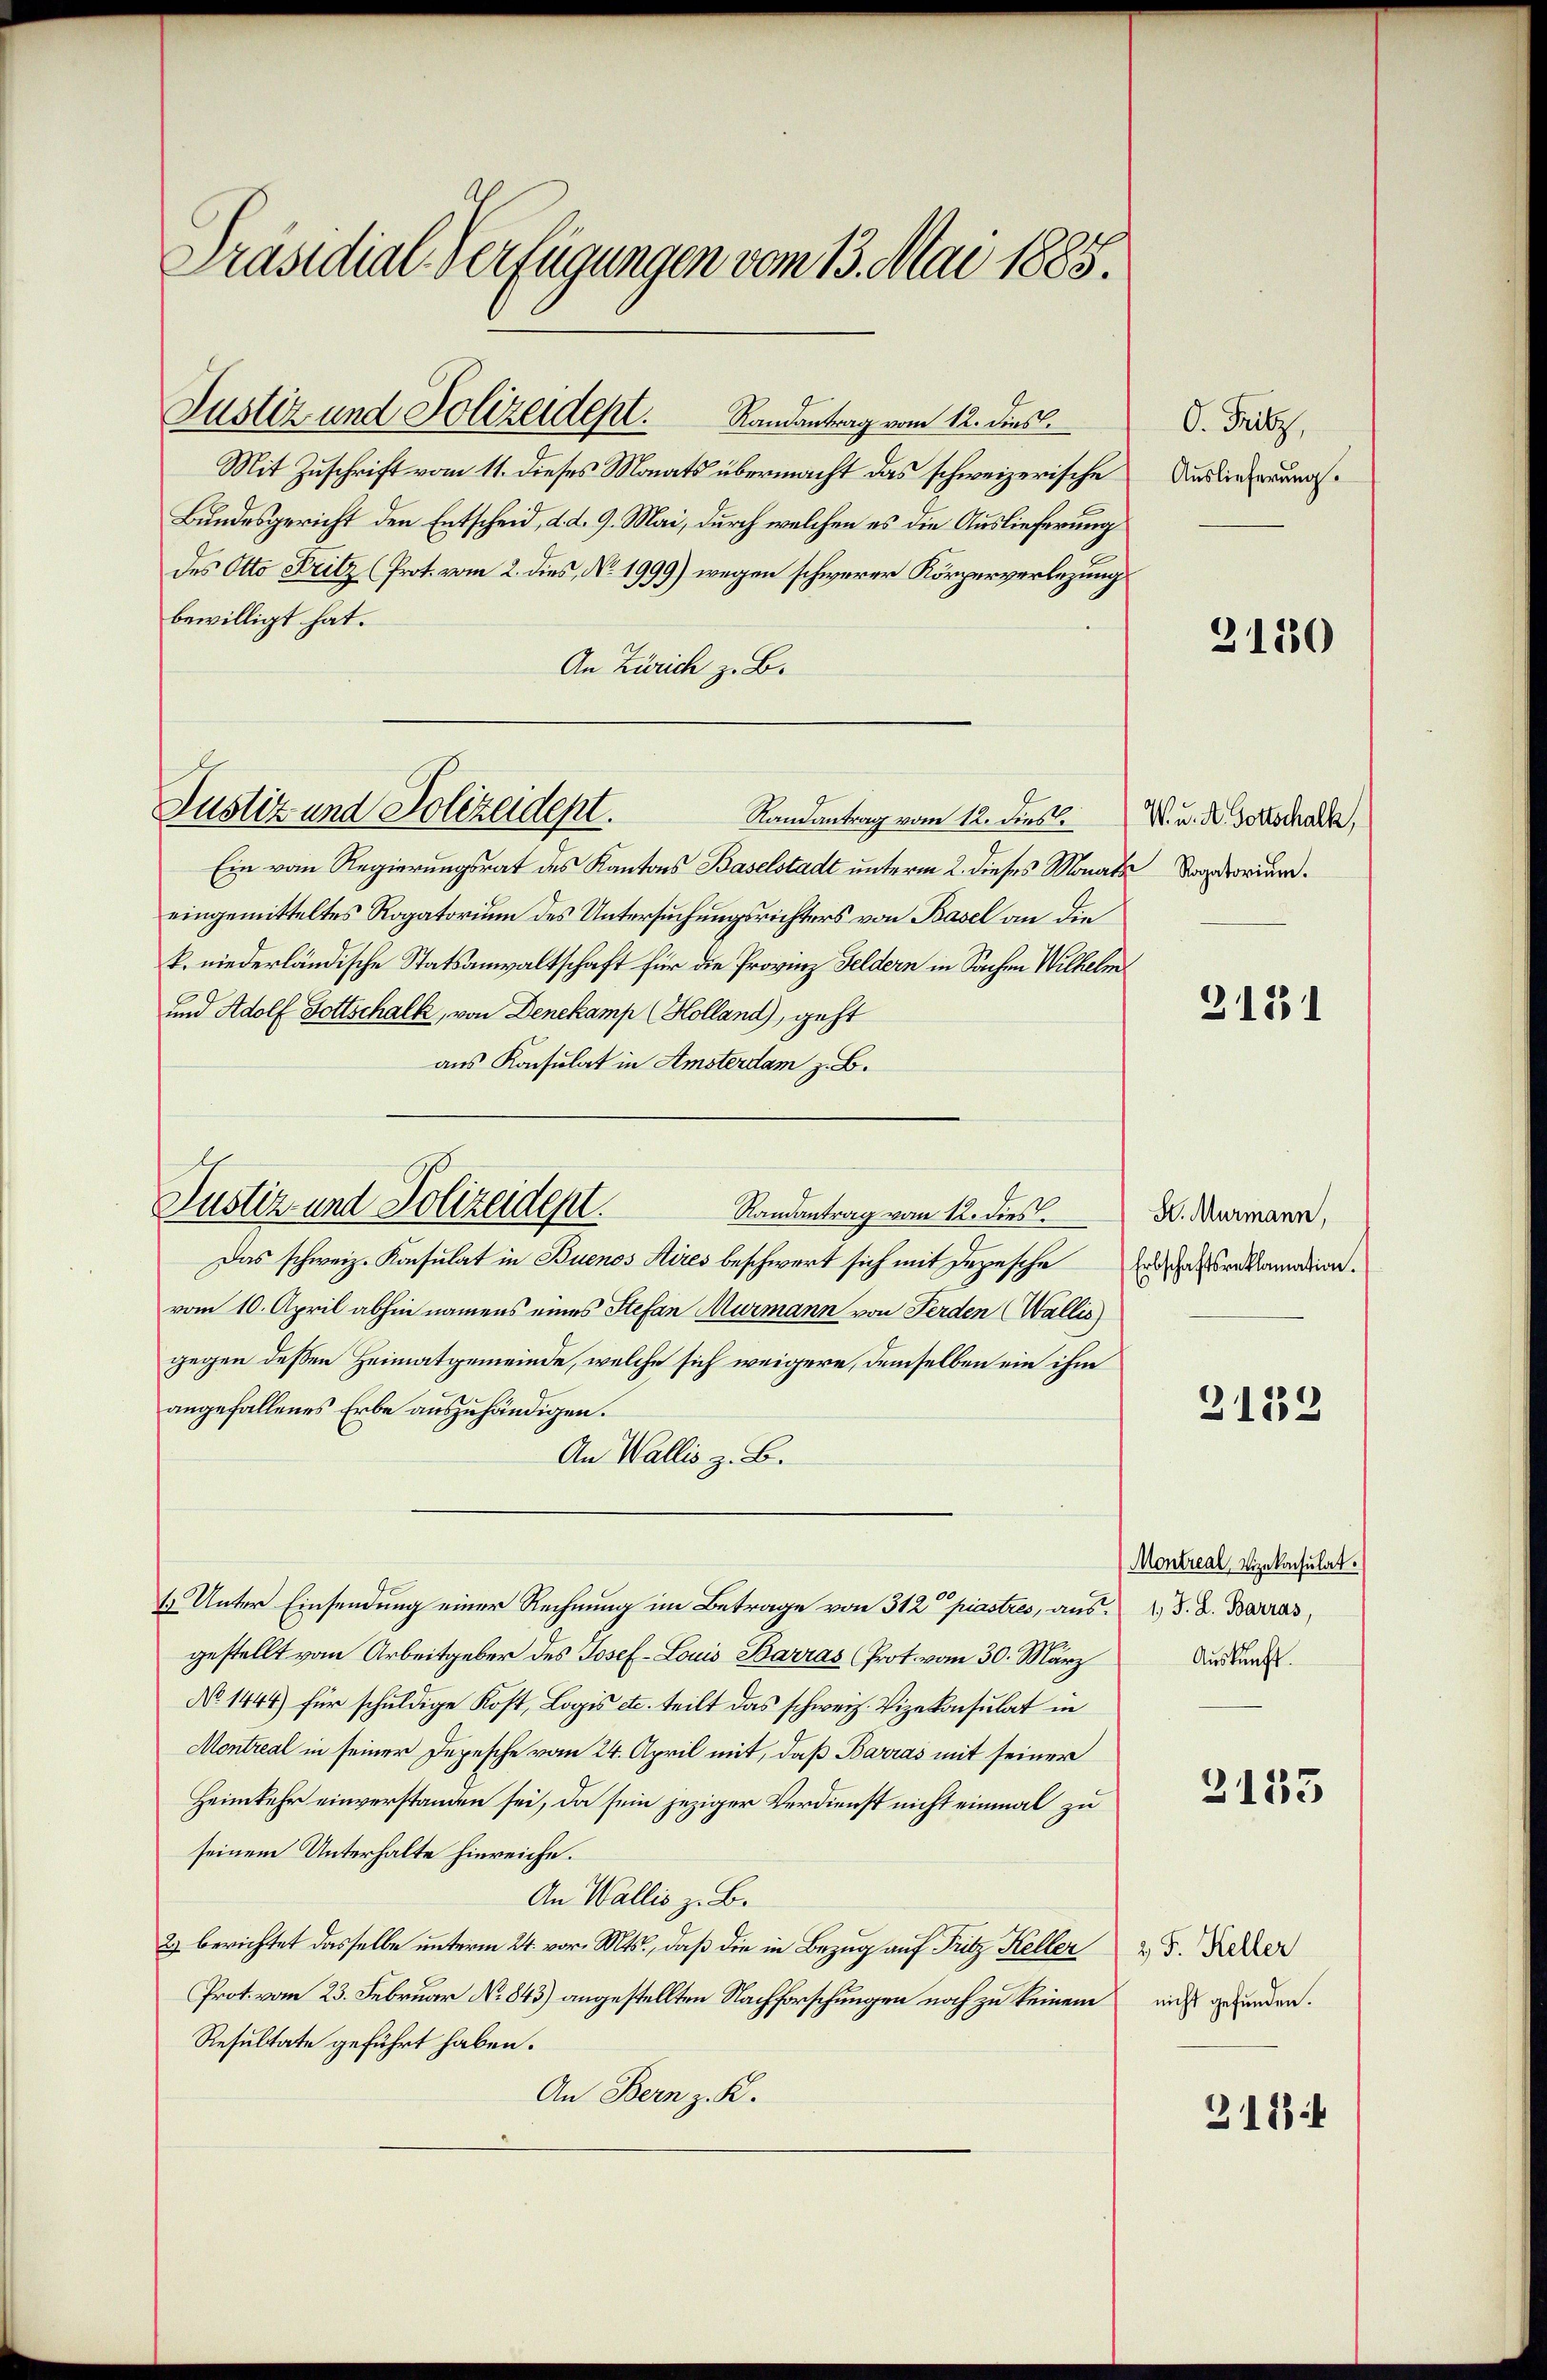
Präsidial-Verfügungen vom 13. Mai 1885.

Mit Zuschrift vom 11. dieses Monats übermacht das schweizerische
Bundesgericht den Entscheid, d. d. 9. Mai, durch welchen es die Auslieferung
des Otto Fritz (Prot. vom 2. dies, No. 1999) wegen schwerer Körperverlegung
bewilligt hat.
An Zürich z. B.
Randantrag vom 12. dies
Ein vom Regierungsrat des Kantons Baselstadt unterm 2. dieses Monats Vorstorium.
eingemitteltes Rogatorium des Untersuchungsrichters von Basel an die
k. niederländische Statsanwaltschaft für die Provinz Feldern in Sachen Wilheln
und Adolf Gottschalk, von Denekamp (Holland), geht
aus Konsulat in Amsterdam z. B.
Randantrag vom 12. dies
Das schweiz. Konsulat in Buenos Aires beschwert sich mit Depesche
vom 10. April abhin namens eines Stefan Murmann von Ferden (Wallis
gegen dessen Heimatgemeinde, welche sich weigere, demselben ein ihm
angefallenes Erbe auszuhändigen.
An Wallis z. B.
1. Unter Einsendung einer Rechnung im Betrage von 312 piastres, aus. S. B. Barras,
gestellt vom Arbeitgeber des Josef-Louis Barras Prot. vom 30. März
No 1444) für schuldige Kost, Logis etc. teilt das schweiz. Vizekonsulat in
Montreal in seiner Depesche vom 24. April mit, daß Barras mit seiner
Heimkehr einverstanden sei, da sein jeziger Verdienst nicht einmal zu
seinem Unterhalte hinreiche.
An Wallis z. B.
2) berichtet dasselbe unterm 24. vor. Mts., daß die in Bezug auf Fritz Keller
Prot. vom 23. Februar No 843) angestellten Nachforschungen noch zu keinem
Resultate geführt haben.
An Bern z. K.

Justiz und Polizeidept. Randantrag vom 12. dies

Justiz und Polizeidept.

Justiz und Polizeident.

O. Fritz,
Auslieferung.

3180

W. u. A. Gottschalk,

2131

H. Murmann,
Erbschaftsreklamation.

2132

Montreal Vizekonsulat
Auskunft.

3183

2 F. Keller
nicht gefunden.

3184